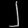
Digit: ၂